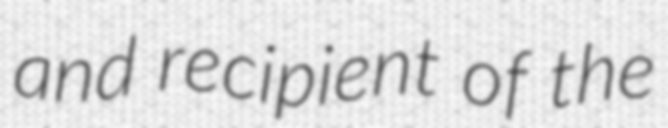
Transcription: and recipient of the